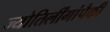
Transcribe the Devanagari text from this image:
ज्योतिर्लींगांपैकी